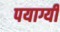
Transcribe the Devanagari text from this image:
पयाग्यी